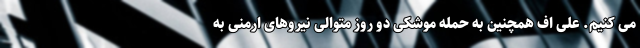
می کنیم. علی اف همچنین به حمله موشکی دو روز متوالی نیروهای ارمنی به